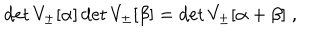
\det V _ { \pm } [ \alpha ] \det V _ { \pm } [ \beta ] = \det V _ { \pm } [ \alpha + \beta ] \; ,